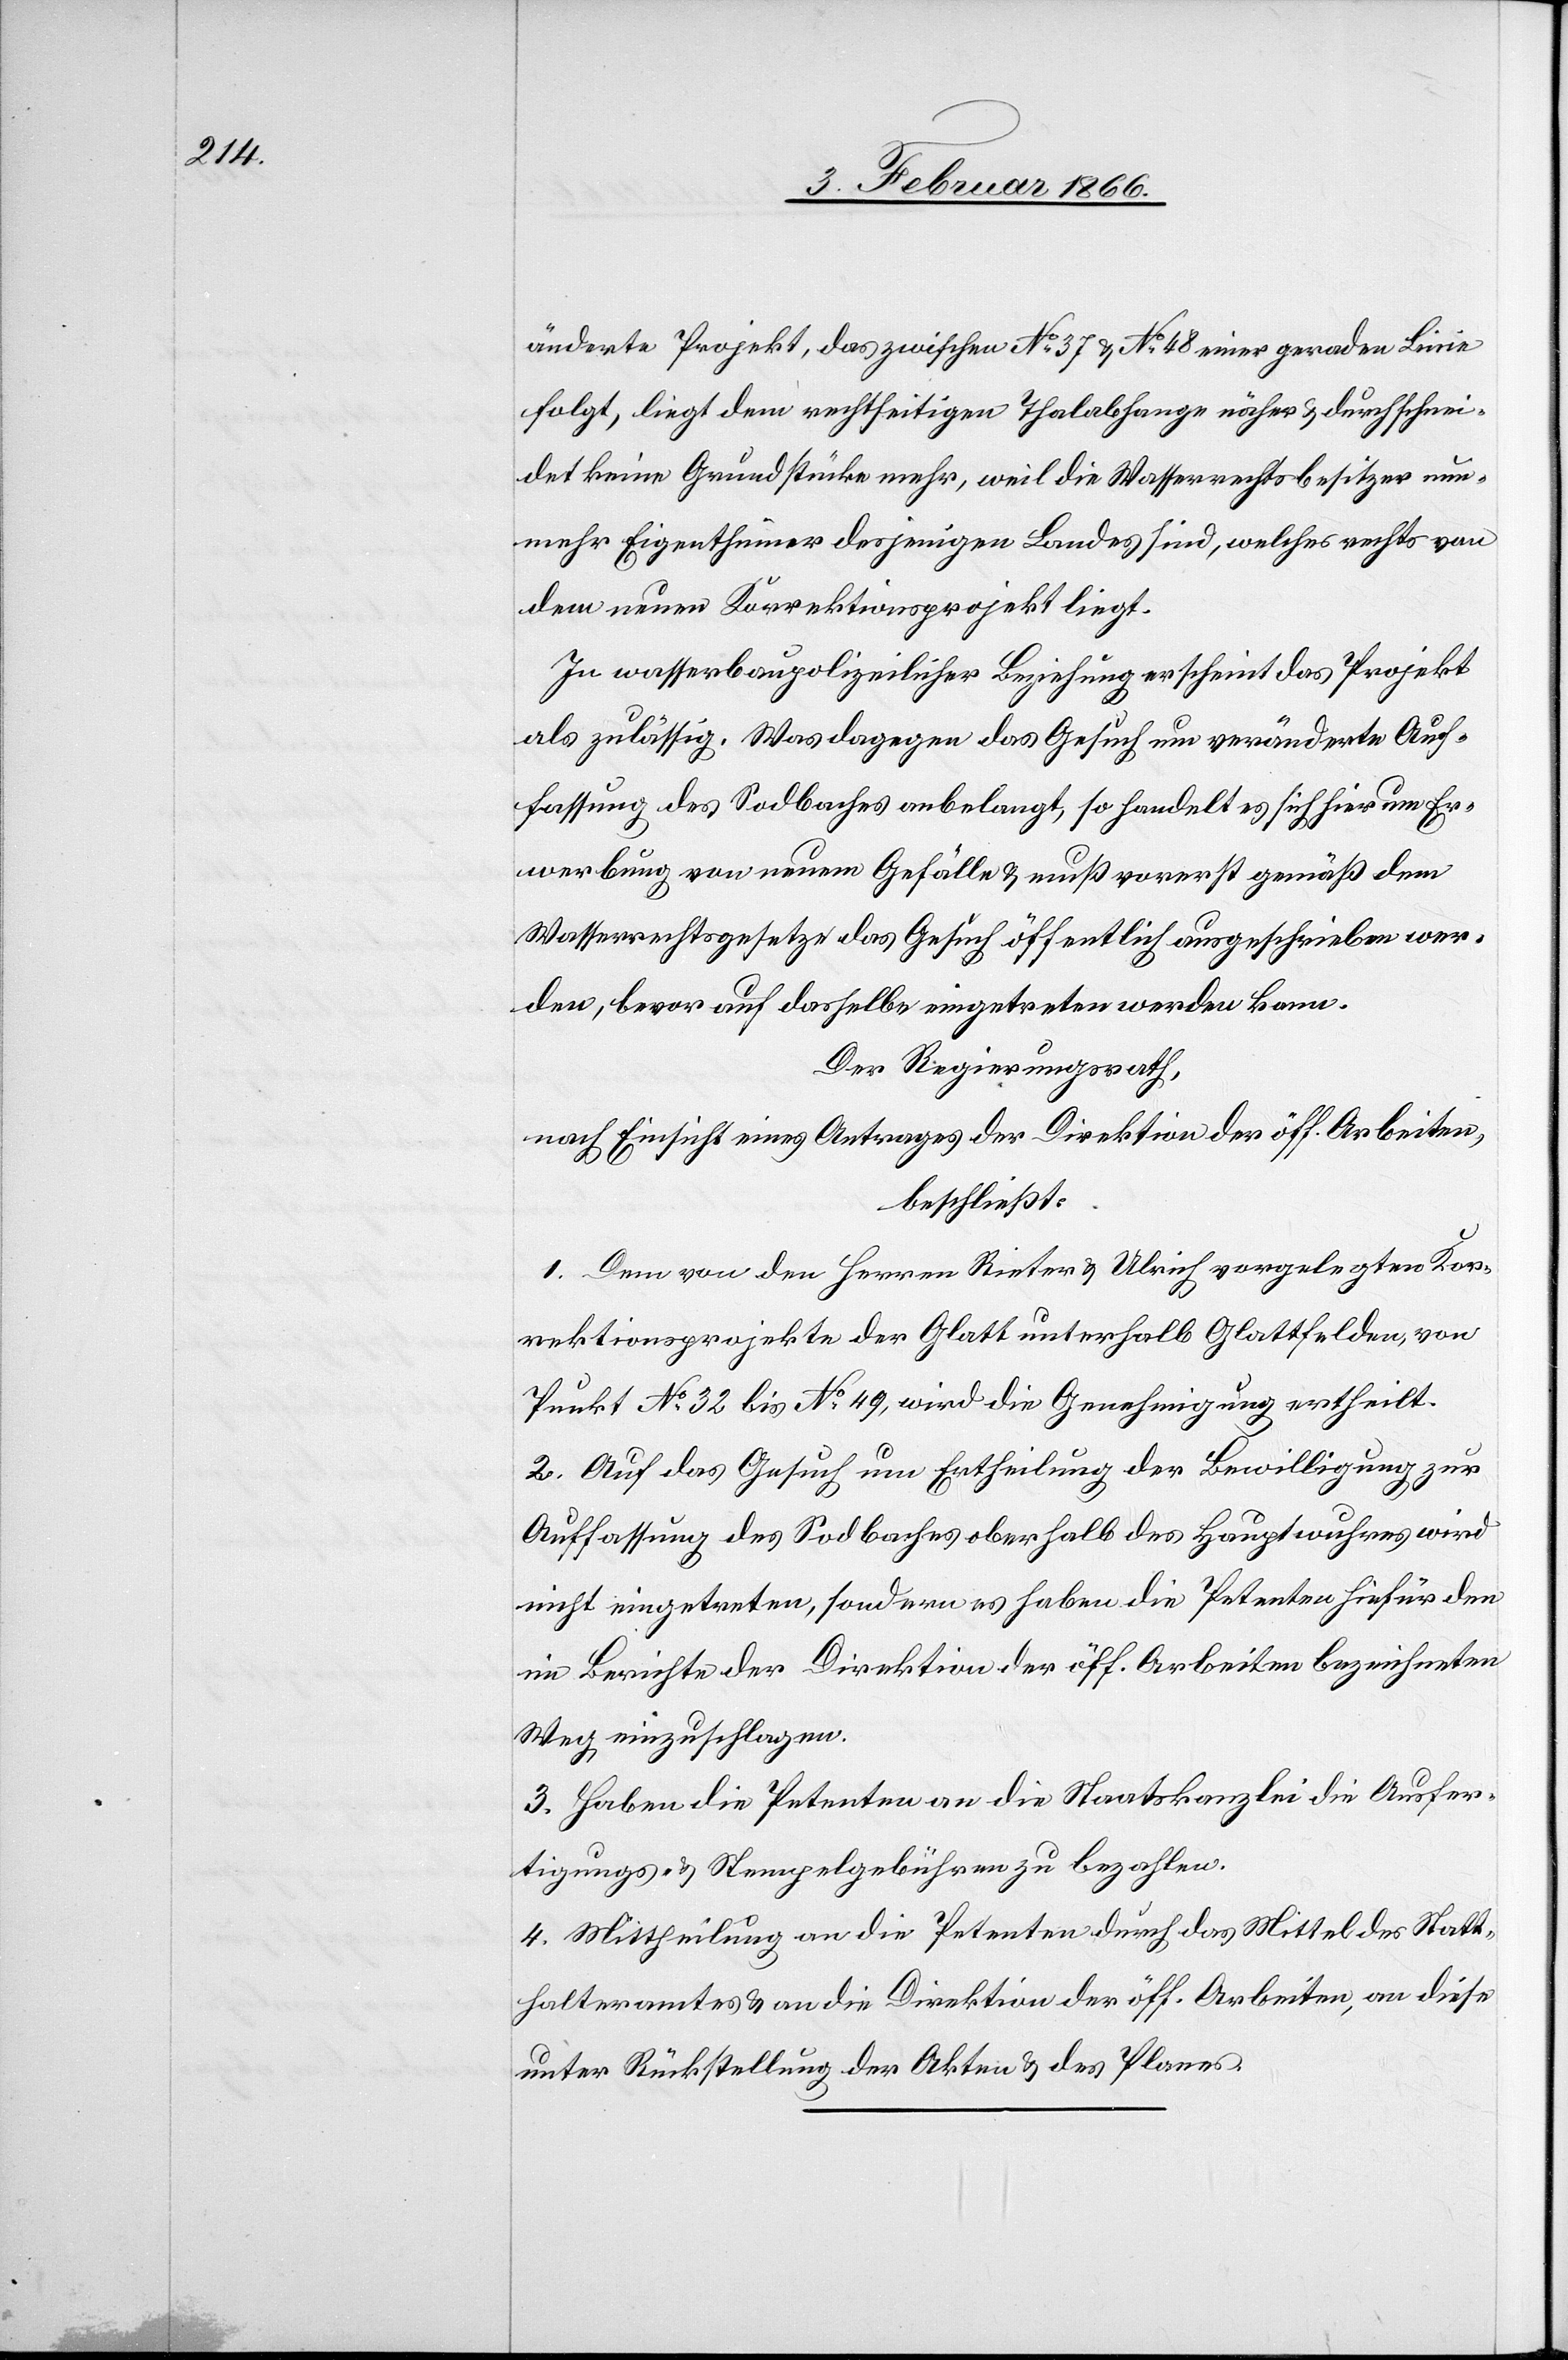
änderte Projekt, das zwischen No. 37 u. No. 48 einer geraden Linie
folgt, liegt dem rechtseitigen Thalabhange näher u. durchschnei¬
det keine Grundstücke mehr, weil die Wasserrechtsbesitzer nun¬
mehr Eigenthümer desjenigen Landes sind, welches rechts von
dem neuen Korrektionsprojekt liegt.
In wasserbaupolizeilicher Beziehung erscheint das Projekt
als zulässig. Was dagegen das Gesuch um veränderte Auf¬
fassung des Sodbaches anbelangt, so handelt es sich hier um Er¬
werbung von neuem Gefälle & muß vorerst gemäß dem
Wasserrechtsgesetze das Gesuch öffentlich ausgeschrieben wer¬
den, bevor auf dasselbe eingetreten werden kann.
Der Regierungsrath,
nach Einsicht eines Antrages der Direktion der öff. Arbeiten,
beschließt:
1. Dem von den Herren Rieter & Ulrich vorgelegten Kor¬
rektionsprojekte der Glatt unterhalb Glattfelden, von
Punkt No. 32 bis No. 49, wird die Genehmigung ertheilt.
2. Auf das Gesuch um Ertheilung der Bewilligung zur
Auffassung des Sodbaches oberhalb des Hauptwuhres wird
nicht eingetreten, sondern es haben die Petenten hiefür den
im Berichte der Direktion der öff. Arbeiten bezeichneten
Weg einzuschlagen.
3. Haben die Petenten an die Staatskanzlei die Ausfer¬
tigungs- u. Stempelgebühren zu bezahlen.
4. Mittheilung an die Petenten durch das Mittel des Statt¬
halteramtes u. an die Direktion der öff. Arbeiten, an diese
unter Rückstellung der Akten u. des Planes.